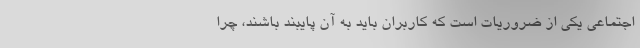
اجتماعی یکی از ضروریات است که کاربران باید به آن پایبند باشند، چرا